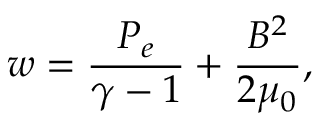
w = \frac { P _ { e } } { \gamma - 1 } + \frac { B ^ { 2 } } { 2 \mu _ { 0 } } ,